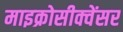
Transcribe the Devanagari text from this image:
माइक्रोसीक्वेंसर